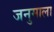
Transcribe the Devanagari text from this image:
जनुमाला